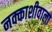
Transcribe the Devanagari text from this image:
नक्काशीवाला